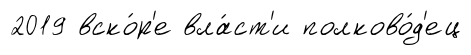
2019 вско́р'е вла́ст'и полково́д'ец